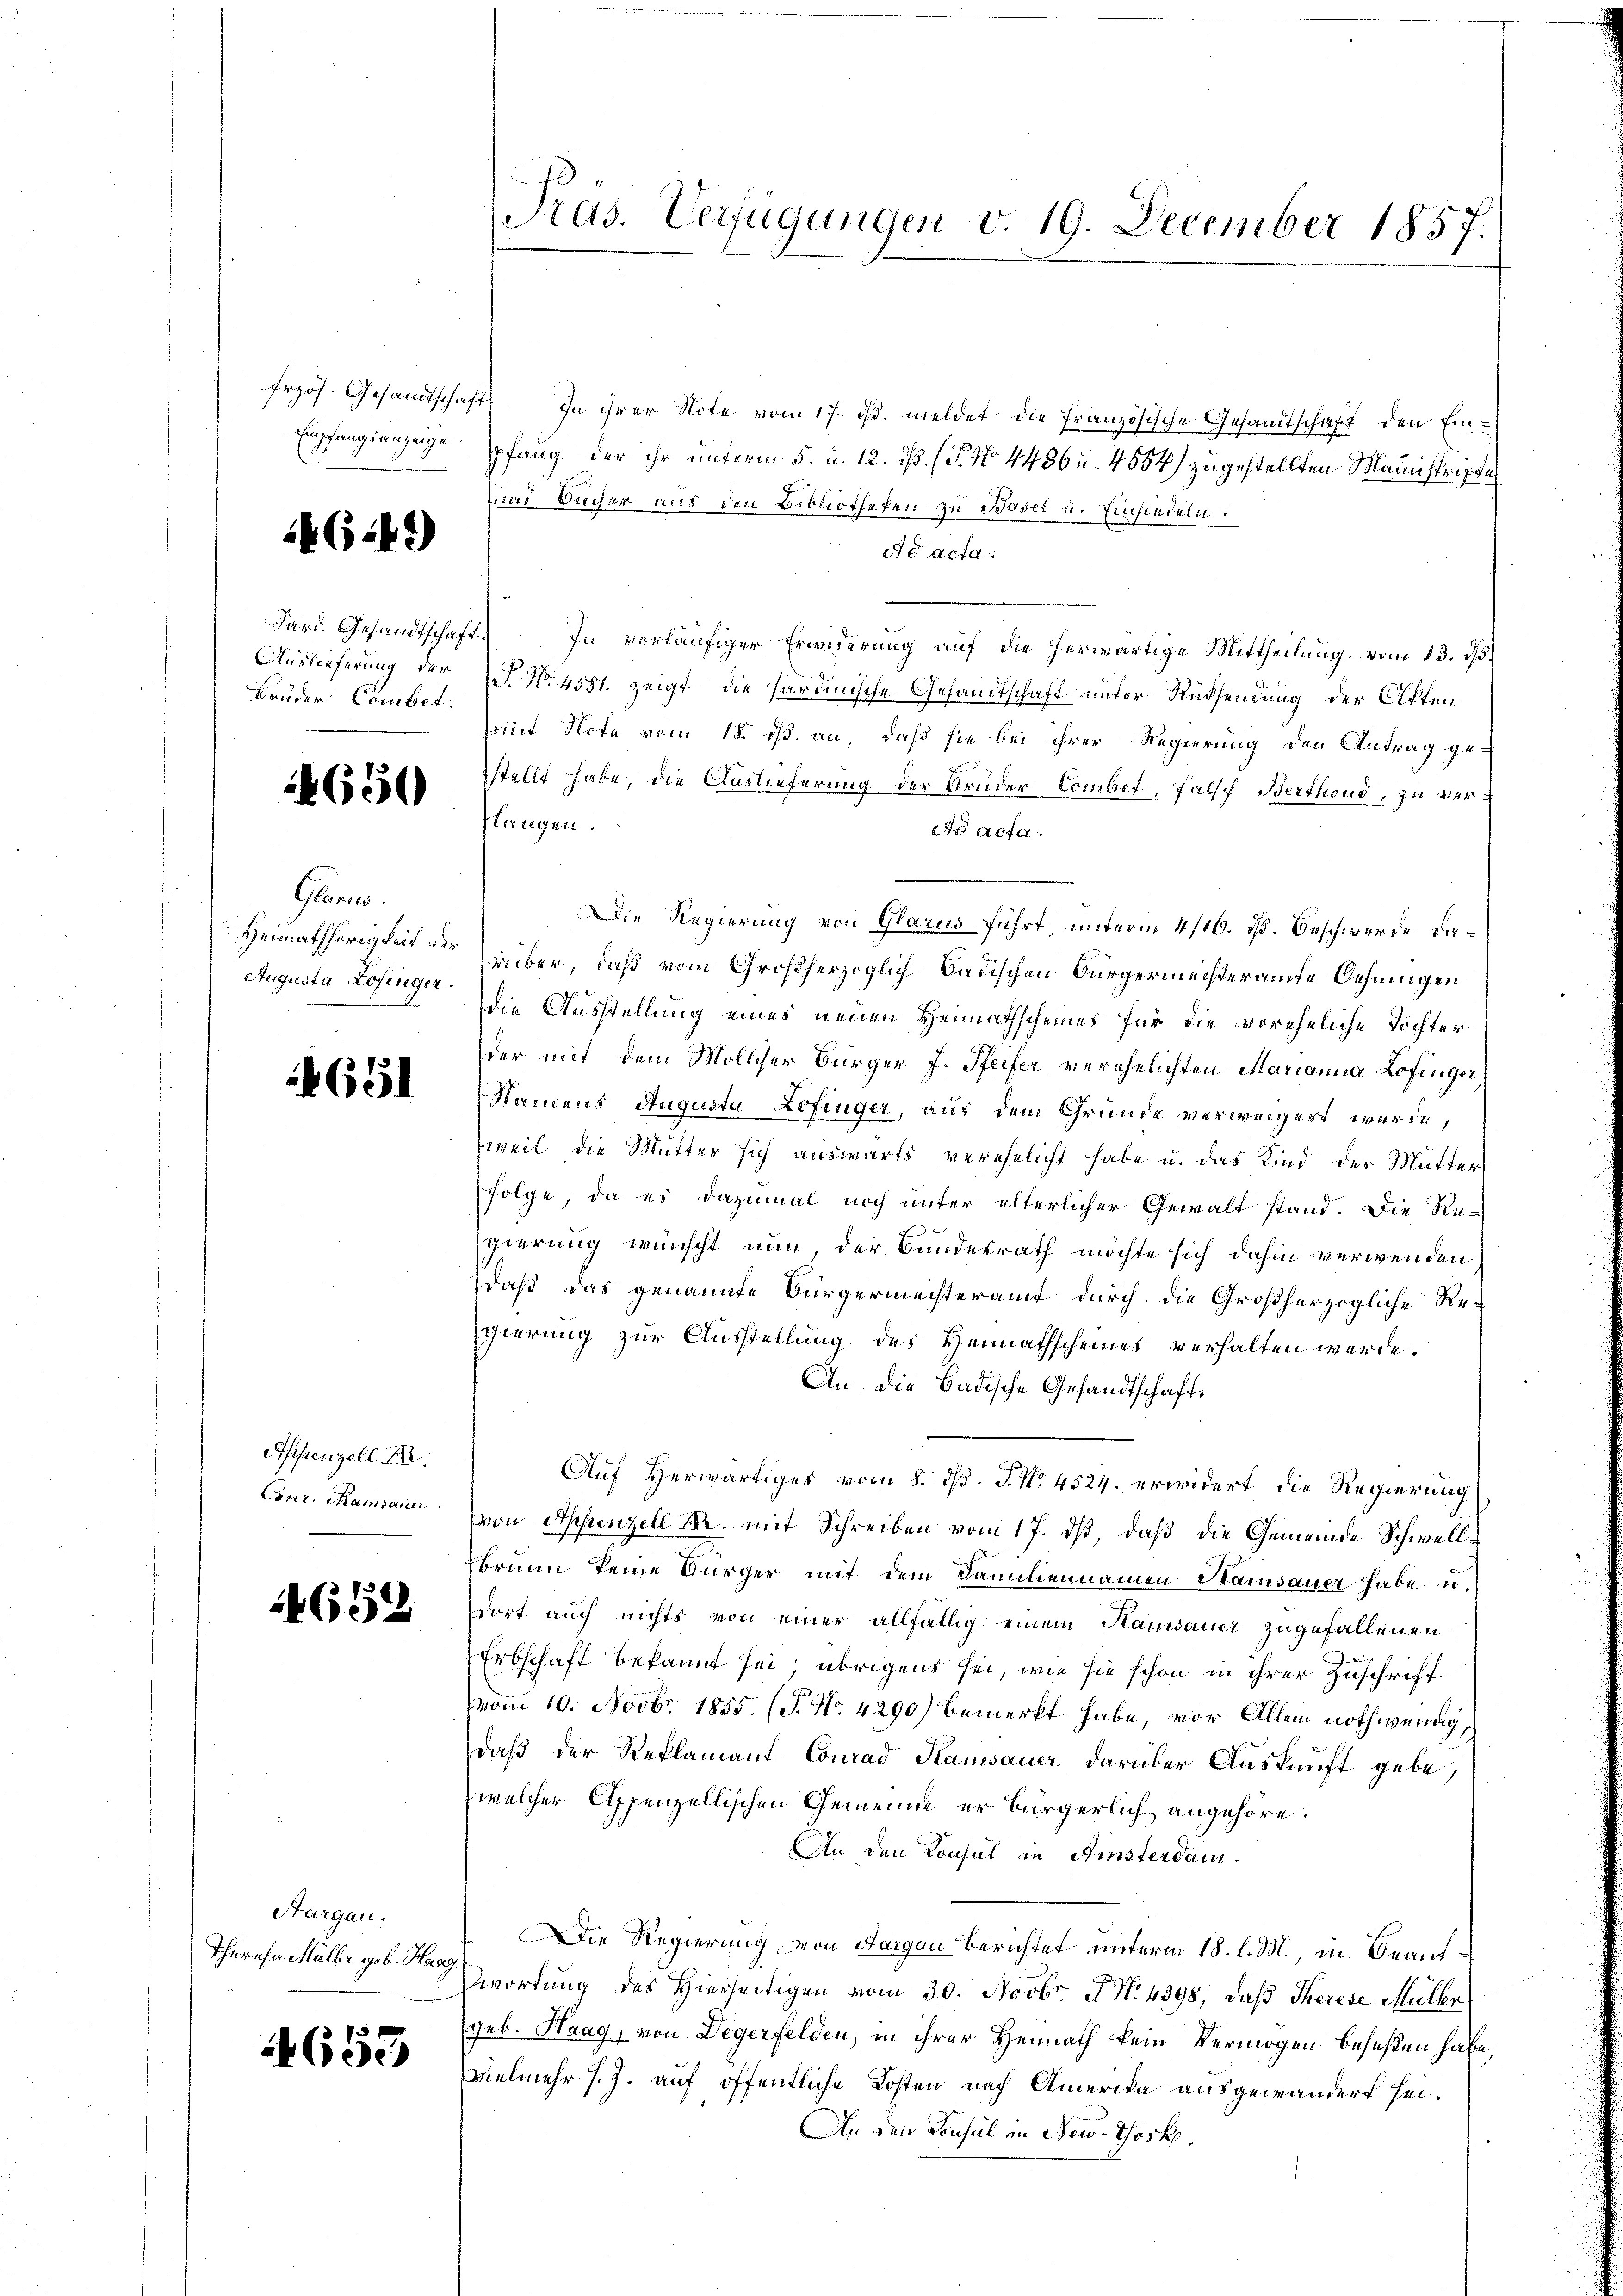
G:41)

Sard. Gesandtschaft.
Brüder Combet.

14650

Glarus.
Augusta Zofinger.

651

Appenzell I.
Conr. Maisauer

4652

Aargau,
Theresa Müller geb. Haag

653

Präs. Verfügungen v. 19. December 1857.

frzös. Gesandtschaft. In ihrer Note vom 17. ds. meldet die Französische Gesandtschaft den Ein¬
Empfangsanzeigepfang der ihr unterm 5. u. 12. ds. (T. No 4486 u. 4554) zugestellten Mannskripte
und Bücher aus den Bibliotheken zu Basel u. Einsiedeln:
ad acta.
In vorläufiger Erwiderung auf die herwärtige Mittheilung vom 13. d
Auslieferung der (T. No. 4581. zeigt, die Sardinische Gesandtschaft unter Rücksendung der Akten
mit Note vom 18. ds. an, daß sie bei ihrer Regierung den Antrag ges
stellt habe, die Auslieferung der Brüder Combet, falsch, Berthond, zu verklangen.
d acta.
Die Regierung von Glarus führt unterm 4/16. ds. Beschwerde da¬
Heimathörigkeit der über, daß vom Großherzoglich badischen Bürgermeisteramte Behningen
die Ausstellung eines neuen Heimathscheines für die voreheliche Tochter
der mit dem Molliser Bürger J. Pfeifer verehelichten Marianna Lofinger
Namens Augusta Lofinger, aus dem Grunde verweigert wurde,
weil die Mutter sich auswärts verehelicht habe u. das Kind der Mutter
Folge, da es dazumal noch unter elterlicher Gewalt stand. Die Regierung wünscht nun der Bundesrath möchte sich dahin verwenden
daß das genannte Bürgermeisteramt durch die Großherzogliche Regierung zur Ausstellung des Heimathscheines verhalten werde.
An die Badische Gesandtschaft,
Auf Herwärtiges vom 8. d. J. No. 4524. erwidert, die Regierung
Von Appenzell M. mit Schreiben vom 17. ds, daß die Gemeinde Schwellbrunn keine Bürger mit dem Familiennamen Stamsauer habe u.
dort auch nichts von einer allfällig einem Hausauer zugefallenen
Erbschaft bekannt sei, übrigens sei, wie sie schon in ihrer Zuschrift
vom 10. Novbr. 1855. (T. No. 4290) bemerkt habe, vor Allem nothwendigdaß der Reklamant Conrad Kamsauer darüber Auskunft gebe,
welcher Appenzellischen Gemeinde er bürgerlich angehöre.
An den Konsul in Ainsterdam
Die Regierung von Aargau berichtet unterm 18. l. M., in Beaufwortung des Hierseitigen vom 30. Novbr. J. No. 4398, daß Therese Müller
geb. Haag, von Degerfelden, in ihrer Heimath kein Vermögen beseßen habe.
vielmehr s. Z. auf öffentliche Kosten nach Amerika ausgewandert sei¬
An den Konsul in New-York.